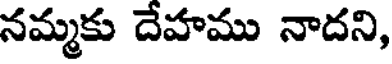
నమ్మకు దేహము నాదని,